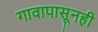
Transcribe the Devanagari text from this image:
गावापासूनही